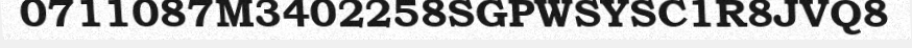
0711087M3402258SGPWSYSC1R8JVQ8